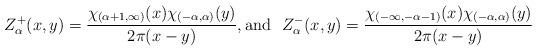
LaTeX: \begin{align*}Z_\alpha^+(x, y) = \frac{\chi_{(\alpha+1, \infty)}(x)\chi_{(-\alpha,\alpha)}(y)}{2\pi(x-y)},\textup{and}\ \ Z_\alpha^-(x, y)= \frac{\chi_{(-\infty, -\alpha-1)}(x)\chi_{(-\alpha,\alpha)}(y)}{2\pi(x-y)}\end{align*}